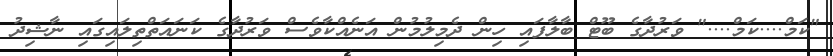
"ކަމް....ކަމް...." ވަރުދާގެ ބޫޓް ބާލާފައި ހިން ދެމިލުމުން އަނެއްކާވެސް ވަރުދާގެ ކަނައަތްތިލައިގައި ނާޝިދު